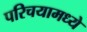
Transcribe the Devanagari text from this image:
परिचयामध्ये